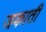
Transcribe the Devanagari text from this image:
जकाती